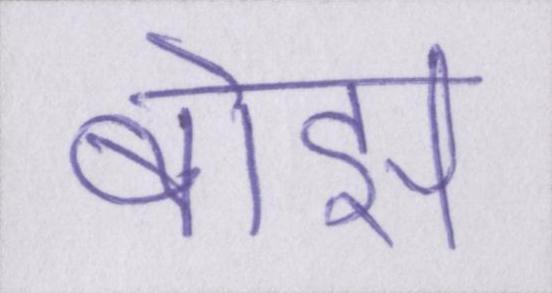
बोझ